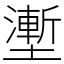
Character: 壍